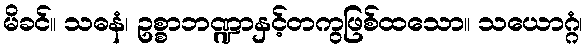
မိခင်။ သဓနံ၊ ဥစ္စာဘဏ္ဍာနှင့်တကွဖြစ်ထသော။ သယောဂ္ဂံ၊